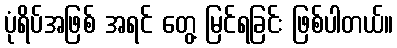
ပုံရိပ်အဖြစ် အရင် တွေ့ မြင်ရခြင်း ဖြစ်ပါတယ်။